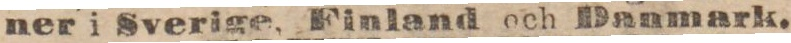
ner i Sverige, Finland och Danmark.